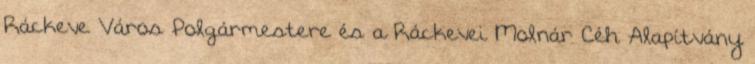
Ráckeve Város Polgármestere és a Ráckevei Molnár Céh Alapítvány